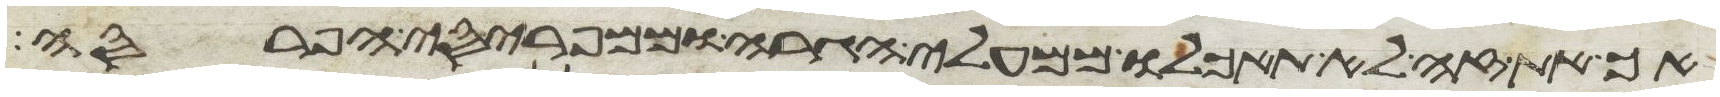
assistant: אך את זה לא תאכלו ממעלי הגרה וממפריסי הפרסה